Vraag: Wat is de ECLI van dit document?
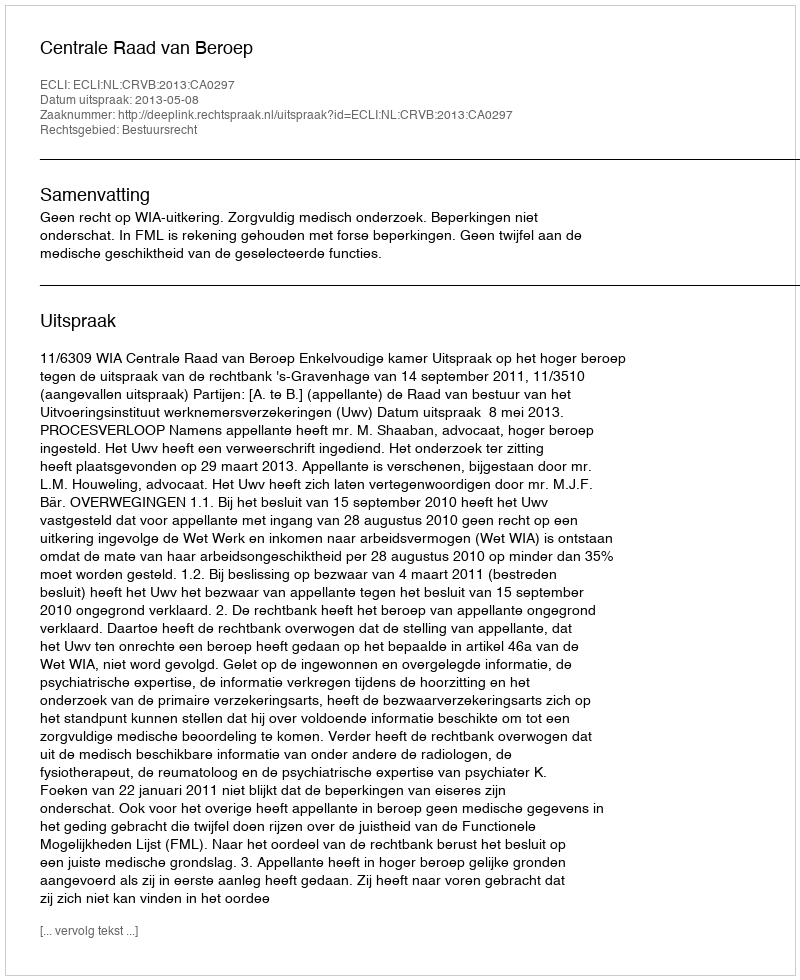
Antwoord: ECLI:NL:CRVB:2013:CA0297